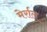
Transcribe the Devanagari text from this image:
मेर्राल